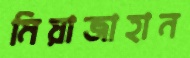
মিয়াজাহান